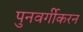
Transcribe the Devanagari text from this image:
पुनवर्गीकरन